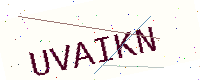
Text: UVAIKN